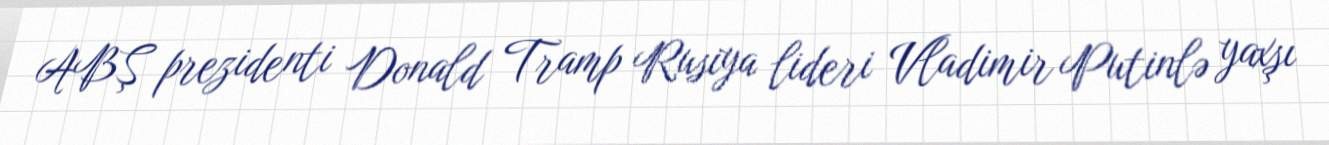
ABŞ prezidenti Donald Tramp Rusiya lideri Vladimir Putinlə yaxşı